Civil Veterinary Department ledger series I-VI
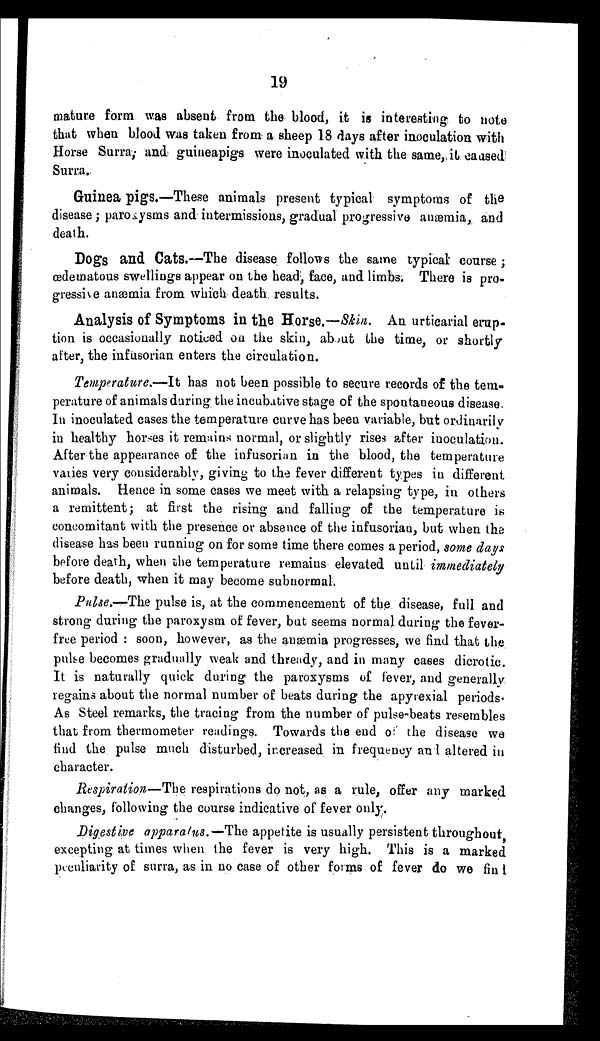
19
mature form was absent from the blood, it is interesting to note
that when blood was taken from a sheep 18 days after inoculation with
Horse Surra; and guineapigs were inoculated with the same, it caused
Surra.
Guinea pigs.—These animals present typical symptoms of the
disease; paroxysms and intermissions, gradual progressive anæmia, and
death.
Dogs and Cats.—The disease follows the same typical course;
œdematous swellings appear on the head, face, and limbs. There is pro-
gressive anæmia from which death results.
Analysis of Symptoms in the Horse.—Skin. An urticarial erup-
tion is occasionally noticed on the skin, about the time, or shortly
after, the infusorian enters the circulation.
Temperature.—It has not been possible to secure records of the tem-
perature of animals during the incubative stage of the spontaneous disease-
In inoculated cases the temperature curve has been variable, but ordinarily
in healthy horses it remains normal, or slightly rises after inoculation.
After the appearance of the infusorian in the blood, the temperature
varies very considerably, giving to the fever different types in different
animals. Hence in some cases we meet with a relapsing type, in others
a remittent; at first the rising and falling of the temperature is
concomitant with the presence or absence of the infusorian, but when the
disease has been running on for some time there comes a period, some days
before death, when the temperature remains elevated until immediately
before death, when it may become subnormal.
Pulse.—The pulse is, at the commencement of the disease, full and
strong during the paroxysm of fever, but seems normal during the fever-
free period: soon, however, as the anæmia progresses, we find that the
pulse becomes gradually weak and thready, and in many cases dicrotic.
It is naturally quick during the paroxysms of fever, and generally
regains about the normal number of beats during the apyrexial periods.
As Steel remarks, the tracing from the number of pulse-beats resembles
that from thermometer readings. Towards the end of the disease we
find the pulse much disturbed, increased in frequency and altered in
character.
Respiration—The respirations do not, as a rule, offer any marked
changes, following the course indicative of fever only.
Digestive apparatus.—The appetite is usually persistent throughout,
excepting at times when the fever is very high. This is a marked
peculiarity of surra, as in no case of other forms of fever do we find